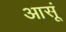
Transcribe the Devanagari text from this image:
आसूं